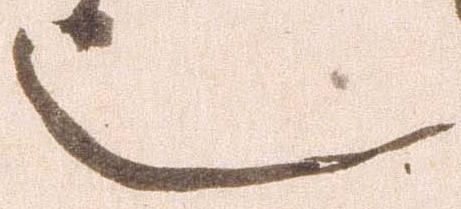
也